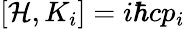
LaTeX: \left[{\mathcal{H}},K_{i}\right]=i\hbar cp_{i}